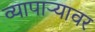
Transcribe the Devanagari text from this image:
व्यापाऱ्यावर